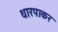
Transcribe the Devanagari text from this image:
थारपाकर